Senior Leaving Certificate Examination (including Day School Certificate (Higher) General paper), 1946
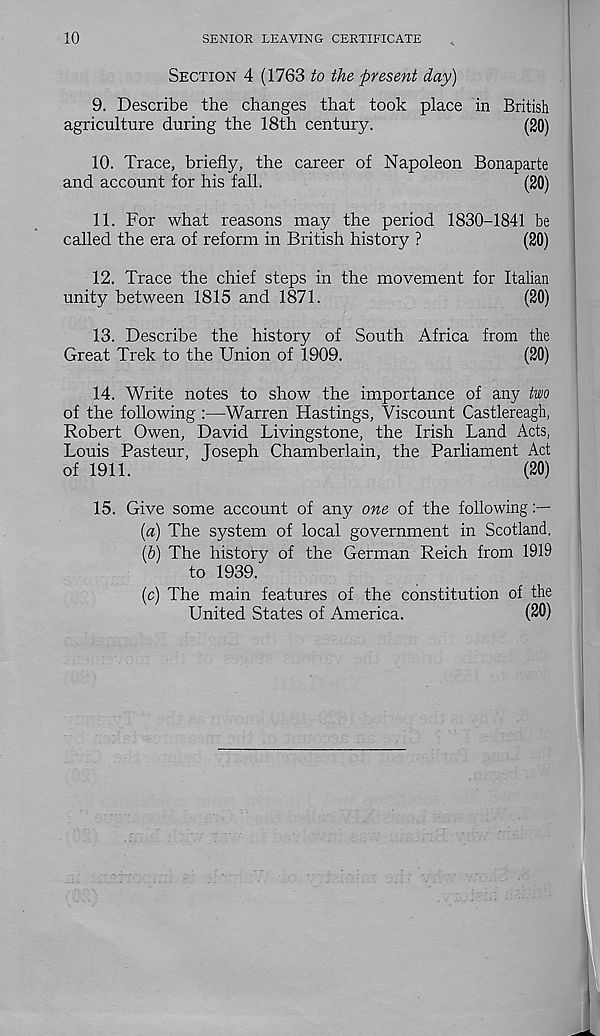
10
SENIOR LEAVING CERTIFICATE
SECTION 4 (1763 to the present day)
9. Describe the changes that took place in British
agriculture during the 18th century.
(20)
10. Trace, briefly, the career of Napoleon Bonaparte
and account for his fall.
(20)
11. For what reasons may the period 1830-1841 be
called the era of reform in British history ?
(20)
12. Trace the chief steps in the movement for Italian
unity between 1815 and 1871.
(20)
13. Describe the history of South Africa from the
Great Trek to the Union of 1909.
(20)
14. Write notes to show the importance of any two
of the following :—Warren Hastings, Viscount Castlereagh,
Robert Owen, David Livingstone, the Irish Land Acts,
Louis Pasteur, Joseph Chamberlain, the Parliament Act
of 1911.
(20)
15. Give some account of any one of the following
(a) The system of local government in Scotland.
(b) The history of the German Reich from 1919
to 1939.
(c) The main features of the constitution of the
United States of America.
(20)